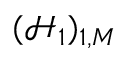
( \mathcal { H } _ { 1 } ) _ { 1 , M }